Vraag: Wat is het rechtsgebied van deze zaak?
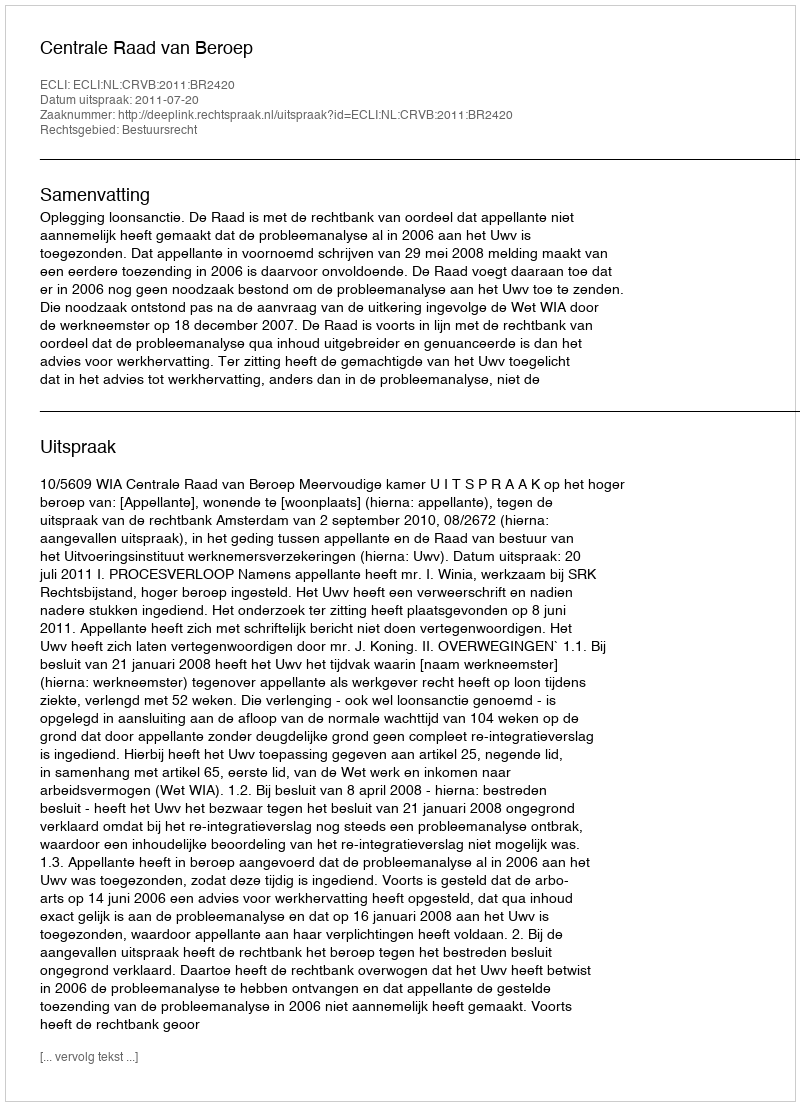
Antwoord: Bestuursrecht